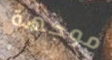
موجهة